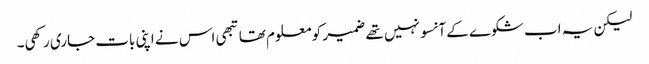
لیکن یہ اب شکوے کے آنسو نہیں تھے ضمیر کو معلوم تھا تبھی اس نے اپنی بات جاری رکھی۔